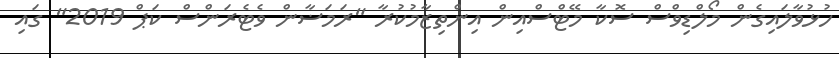
ހުޅުވާލައިގެން މޯލްޑިވްސް ސޮކާ މޭޓްސްއިން އިންތިޒާމުކުރާ "ރަމަޟާން ވެޓެރަންސް ކަޕް 2019" ގައި